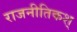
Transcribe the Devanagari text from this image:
राजनीतिकश्